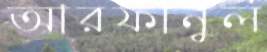
আরফানুল